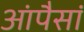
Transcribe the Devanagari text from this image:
आंपैसां